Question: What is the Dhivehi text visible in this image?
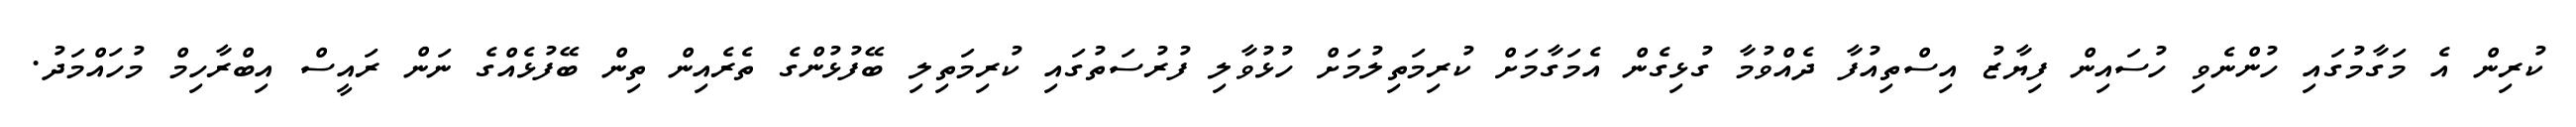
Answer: ކުރިން އެ މަގާމުގައި ހުންނެވި ހުސައިން ފިޔާޒު އިސްތިއުފާ ދެއްވުމާ ގުޅިގެން އެމަގާމަށް ކުރިމަތިލުމަށް ހުޅުވާލި ފުރުސަތުގައި ކުރިމަތިލި ބޭފުޅުންގެ ތެރެއިން ތިން ބޭފުޅެއްގެ ނަން ރައީސް އިބްރާހިމް މުހައްމަދު.